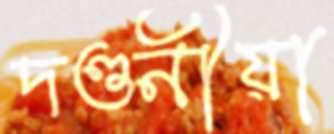
দণ্ডনীয়া